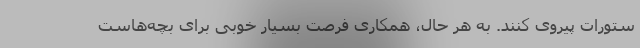
ستورات پیروی کنند. به هر حال، همکاری فرصت بسیار خوبی برای بچه‌هاست